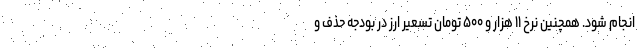
انجام شود. همچنین نرخ ۱۱ هزار و ۵۰۰ تومان تسعیر ارز در بودجه حذف و